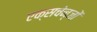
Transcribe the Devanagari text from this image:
एक्सचेन्जों